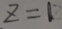
z = 1